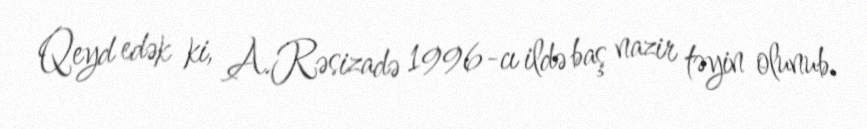
Qeyd edək ki, A.Rəsizadə 1996-cı ildə baş nazir təyin olunub.